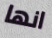
انها